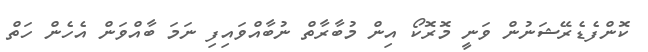
ކޮންފެޑެރޭޝަނުން ވަނީ މޮރޮކޯ އިން މުބާރާތް ނުބާއްވައިފި ނަމަ ބާއްވަން އެހެން ހަތް